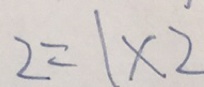
2 = 1 \times 2